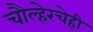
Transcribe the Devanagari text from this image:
चौल्हेरचेही